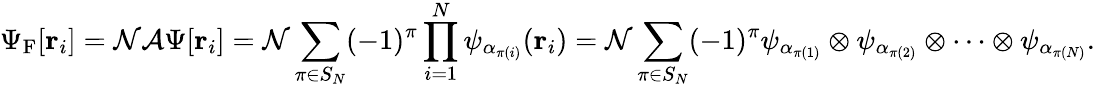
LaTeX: \Psi_{\mathrm{{F}}}[\mathbf{r}_{i}]={\mathcal{N}}{\mathcal{A}}\Psi[\mathbf{r}_{i}]={\mathcal{N}}\sum_{\pi\in S_{N}}(-1)^{\pi}\prod_{i=1}^{N}\psi_{\alpha_{\pi(i)}}(\mathbf{r}_{i})={\mathcal{N}}\sum_{\pi\in S_{N}}(-1)^{\pi}\psi_{\alpha_{\pi(1)}}\otimes\psi_{\alpha_{\pi(2)}}\otimes\cdots\otimes\psi_{\alpha_{\pi(N)}}.